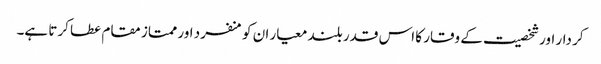
کر دار اور شخصیت کے وقار کا اس قدر بلند معیار ان کو منفرد اور ممتاز مقام عطا کرتا ہے۔